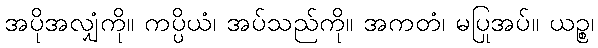
အပိုအလျှံကို။ ကပ္ပိယံ၊ အပ်သည်ကို။ အကတံ၊ မပြုအပ်။ ယဉ္စ၊